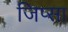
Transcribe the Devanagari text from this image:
जिप्सा